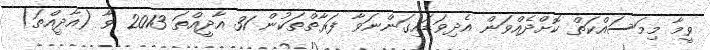
ވީމާ މިމަސައްކަތް ކޮށްދެއްވަން އެދިވަޑައިގަންނަވާ ފަރާތްތަކުން 31 އާދީއްތަ 2013 ވާ (އާދީއްތަ)